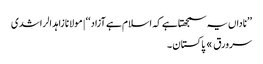
’’ناداں یہ سمجھتا ہے کہ اسلام ہے آزاد‘‘ | مولانا زاہد الراشدی
سرورق » پاکستان ۔